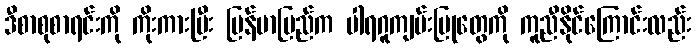
ဒီစာစုစာရင်းကို ကိုးကားပြီး မြန်မာပြည်က ပါရဂူကျမ်းပြုတွေကို ကူညီနိုင်ကြောင်းလည်း